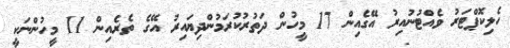
ހެލިކޮޕްޓަރު ވެއްޓުނުއިރު އޭގެއިން 17 މީހުން ދަތުރުކުރަމުންދިޔައިރު އޭގެ ތެރެއިން 11 މީހުންނަކީ